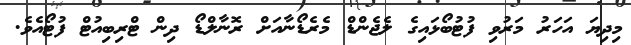
މިދިޔަ އަހަރު މަރުވި ފުޓުބޯޅައިގެ ލެޖެންޑް މެރެޑޯނާއަށް ރޮނާލްޑޯ ދިން ޓްރިބިއުޓް ފުޓޯއެވެ.